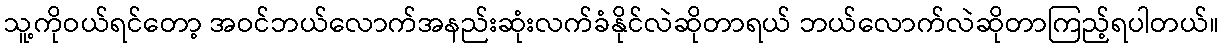
သူ့ကိုဝယ်ရင်တော့ အဝင်ဘယ်လောက်အနည်းဆုံးလက်ခံနိုင်လဲဆိုတာရယ် ဘယ်လောက်လဲဆိုတာကြည့်ရပါတယ်။